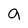
Character: a